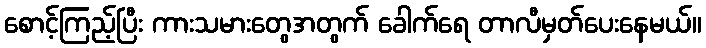
စောင့်ကြည့်ပြီး ကားသမားတွေအတွက် ခေါက်ရေ တာလီမှတ်ပေးနေမယ်။